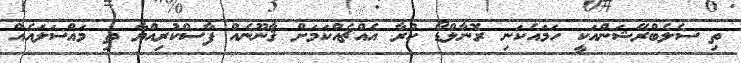
ތި ސެލެބްރޭޝަންއަކީ ހަމައެކަނި ރޮނާލްޑޯ ކުރާ އެއްޗެއްކަމަށް ޤާނޫނެއް ފާސްކުރިއްޔާ ތި މައްސަލައެއް